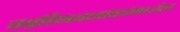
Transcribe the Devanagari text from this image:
वक्रीभवनांकांमधील